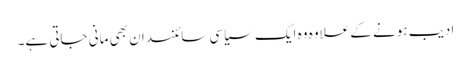
ادیب ہونے کے علاوہ وہ ایک سیاسی سائنسدان بھی مانی جاتی ہے۔